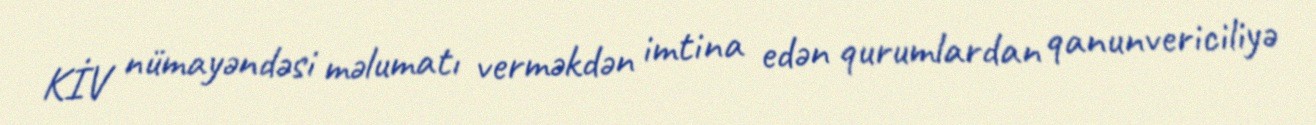
KİV nümayəndəsi məlumatı verməkdən imtina edən qurumlardan qanunvericiliyə